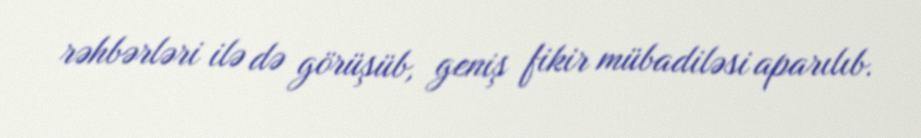
rəhbərləri ilə də görüşüb, geniş fikir mübadiləsi aparılıb.